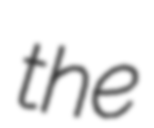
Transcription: the